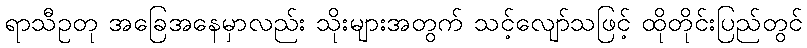
ရာသီဥတု အခြေအနေမှာလည်း သိုးများအတွက် သင့်လျော်သဖြင့် ထိုတိုင်းပြည်တွင်